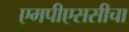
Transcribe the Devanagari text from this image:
एमपीएससीचा